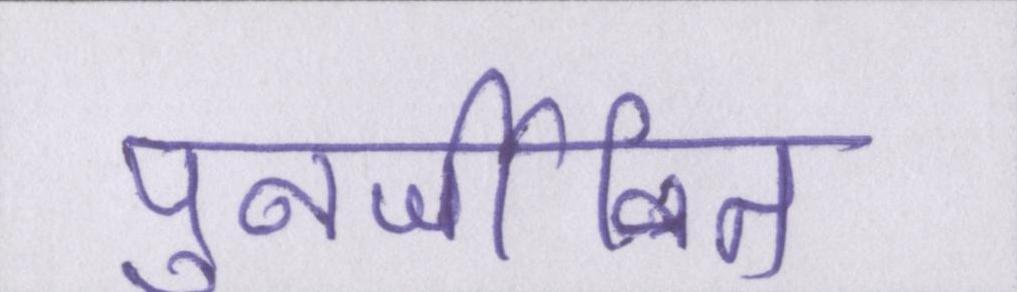
पुनर्जीवित